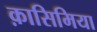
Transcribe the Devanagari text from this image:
क़ासिमिया